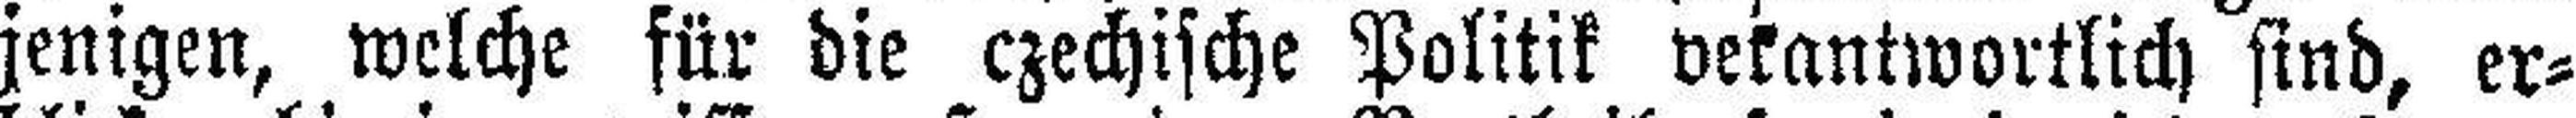
jenigen, welche für die czechische Politik verantwortlich sind, er¬